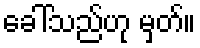
ခေါ်သည်ဟု မှတ်။